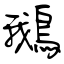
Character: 鵝